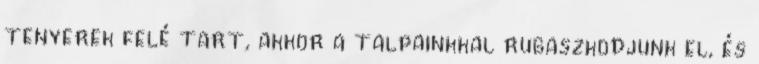
tenyerek felé tart, akkor a talpainkkal rugaszkodjunk el, és